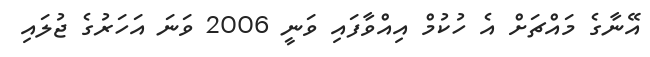
އޭނާގެ މައްޗަށް އެ ހުކުމް އިއްވާފައި ވަނީ 2006 ވަނަ އަހަރުގެ ޖުލައި